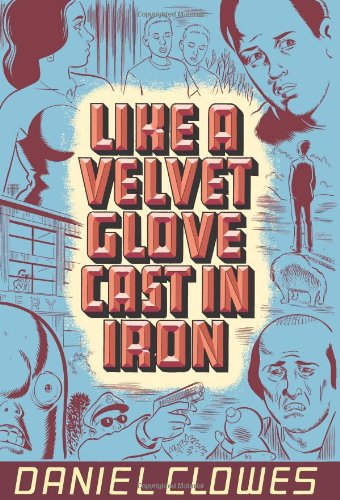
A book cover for Like a Velvet Glove Cast in Iron; Daniel Clowes; Comics & Graphic Novels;